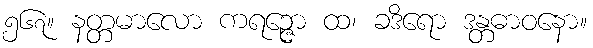
၅၆၇။ နတ္တမာလော ကရဉ္ဇော ထ၊ ခဒိရော ဒန္တဓာဝနော။